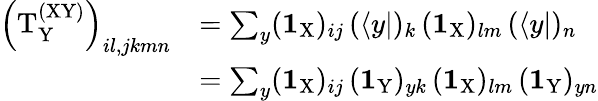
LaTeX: \begin{array}{rl}{\left(\mathrm{T}_{\mathrm{Y}}^{\mathrm{(XY)}}\right)_{il,jkmn}}&{=\sum_{y}(\textbf{1}_{\mathrm{X}})_{ij}\, (\langle y|)_{k}\, (\textbf{1}_{\mathrm{X}})_{lm}\, (\langle y|)_{n}}\\ &{=\sum_{y}(\textbf{1}_{\mathrm{X}})_{ij}\, (\textbf{1}_{\mathrm{Y}})_{yk}\, (\textbf{1}_{\mathrm{X}})_{lm}\, (\textbf{1}_{\mathrm{Y}})_{yn}}\end{array}